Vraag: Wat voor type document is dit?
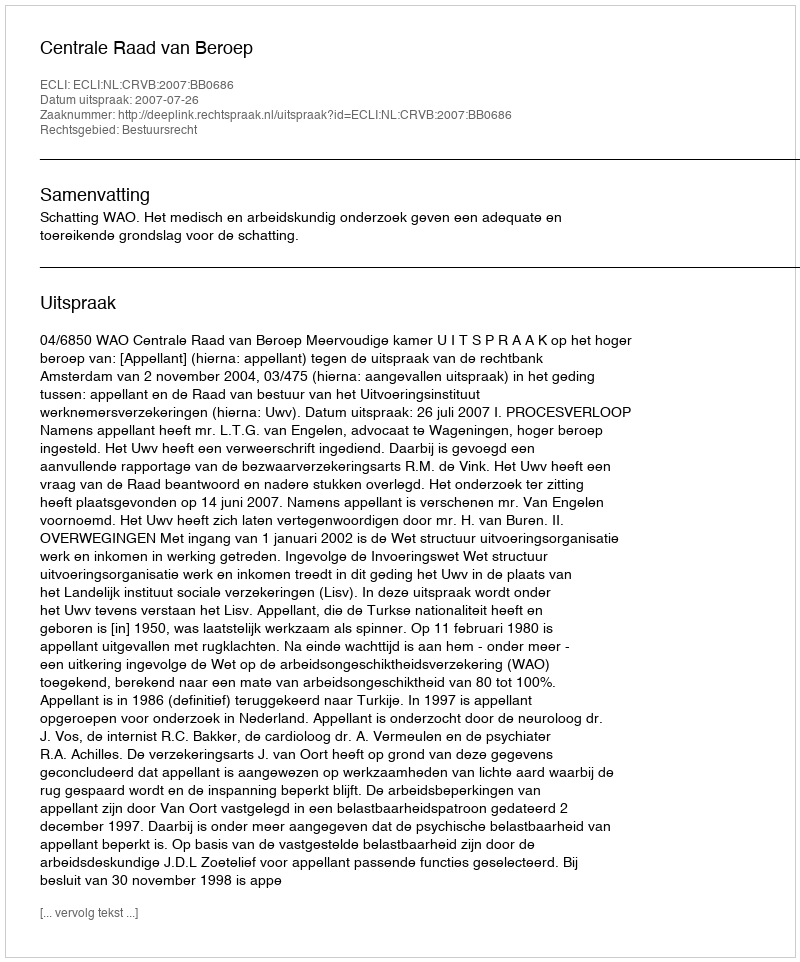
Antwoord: Uitspraak